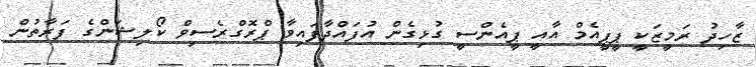
ޒާހިދު ރަމީޒަކީ ޕީޕީއެމް އާއީ ޕީއެންސީ ގުޅިގެން އުފައްދާފައިވާ ޕްރޮގްރެސިވް ކޯލިޝަންގެ ފަރާތުން